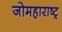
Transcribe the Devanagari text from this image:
जोमहाराष्ट्र